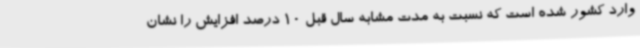
وارد کشور شده است که نسبت به مدت مشابه سال قبل 10 درصد افزایش را نشان